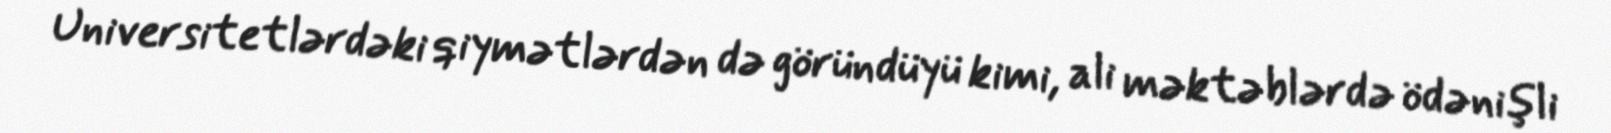
Universitetlərdəki qiymətlərdən də göründüyü kimi, ali məktəblərdə ödənişli